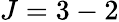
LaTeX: J=3-2